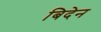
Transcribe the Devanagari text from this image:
बिदेन